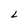
Character: L